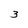
Character: 3